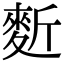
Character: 𪌍